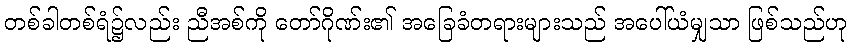
တစ်ခါတစ်ရံ၌လည်း ညီအစ်ကို တော်ဂိုဏ်း၏ အခြေခံတရားများသည် အပေါ်ယံမျှသာ ဖြစ်သည်ဟု